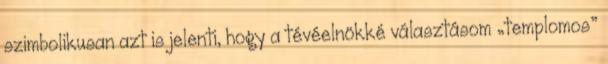
szimbolikusan azt is jelenti, hogy a tévéelnökké választásom „templomos”